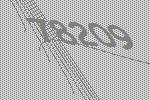
78209